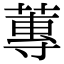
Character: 蓴